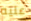
عليه